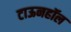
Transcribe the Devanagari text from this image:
टाऊनहॉल